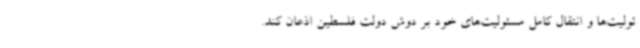
ئولیت‌ها و انتقال کامل مسئولیت‌های خود بر دوش دولت فلسطین اذعان کند.